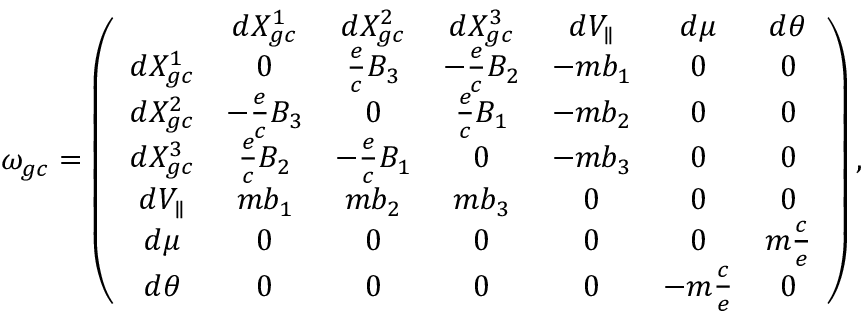
\omega _ { g c } = \left( \begin{array} { c c c c c c c } & { d X _ { g c } ^ { 1 } } & { d X _ { g c } ^ { 2 } } & { d X _ { g c } ^ { 3 } } & { d V _ { \parallel } } & { d \mu } & { d \theta } \\ { d X _ { g c } ^ { 1 } } & { 0 } & { \frac { e } { c } B _ { 3 } } & { - \frac { e } { c } B _ { 2 } } & { - m b _ { 1 } } & { 0 } & { 0 } \\ { d X _ { g c } ^ { 2 } } & { - \frac { e } { c } B _ { 3 } } & { 0 } & { \frac { e } { c } B _ { 1 } } & { - m b _ { 2 } } & { 0 } & { 0 } \\ { d X _ { g c } ^ { 3 } } & { \frac { e } { c } B _ { 2 } } & { - \frac { e } { c } B _ { 1 } } & { 0 } & { - m b _ { 3 } } & { 0 } & { 0 } \\ { d V _ { \parallel } } & { m b _ { 1 } } & { m b _ { 2 } } & { m b _ { 3 } } & { 0 } & { 0 } & { 0 } \\ { d \mu } & { 0 } & { 0 } & { 0 } & { 0 } & { 0 } & { m \frac { c } { e } } \\ { d \theta } & { 0 } & { 0 } & { 0 } & { 0 } & { - m \frac { c } { e } } & { 0 } \end{array} \right) ,